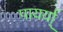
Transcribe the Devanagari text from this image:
पायर्या्